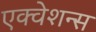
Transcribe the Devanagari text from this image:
एक्वेशन्स